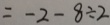
= - 2 - 8 \div 2